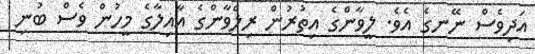
އަދިވެސް ނޭނގެ އެވެ. ލީވާންގެ އިތުރުން ރިލްވާންގެ އާއިލާގެ މީހުން ވެސް ބުނި